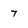
Character: 7